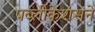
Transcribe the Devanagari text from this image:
पब्लीकेशंसने